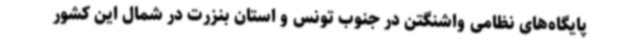
پایگاه‌های نظامی واشنگتن در جنوب تونس و استان بنزرت در شمال این کشور